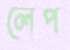
লেপ